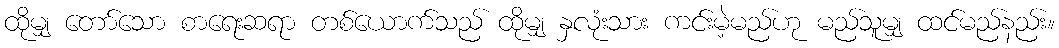
ထိုမျှ တော်သော စာရေးဆရာ တစ်ယောက်သည် ထိုမျှ နှလုံးသား ကင်းမဲ့မည်ဟု မည်သူမျှ ထင်မည်နည်း။